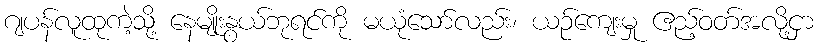
ဂျပန်လူထုကဲ့သို့ နေမျိုးနွယ်ဘုရင်ကို မယုံသော်လည်း၊ ယဉ်ကျေးမှု ဧည့်ဝတ်အလို့ငှာ